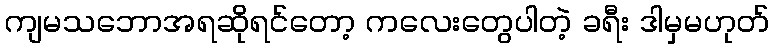
ကျမသဘောအရဆိုရင်တော့ ကလေးတွေပါတဲ့ ခရီး ဒါမှမဟုတ်